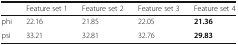
|  | Feature set 1 | Feature set 2 | Feature set 3 | Feature set 4 |
 | --- | --- | --- | --- | --- |
 | phi | 22.16 | 21.85 | 22.05 | 21.36 |
 | psi | 33.21 | 32.81 | 32.76 | 29.83 |